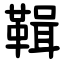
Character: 䩰